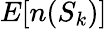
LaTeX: E[n(S_{k})]